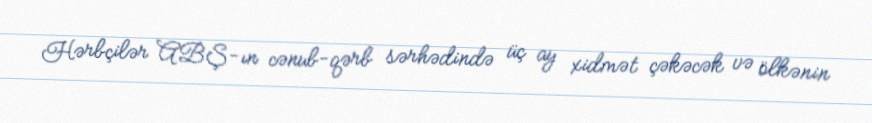
Hərbçilər ABŞ-ın cənub-qərb sərhədində üç ay xidmət çəkəcək və ölkənin